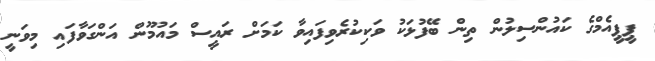
ޕީޕީއެމްގެ ކައުންސިލުން ތިން ބޭފުޅަކު ވަކިކުރެވިފައިވާ ކަަމަށް ރައީސް މައުމޫން އަންގަވާފައި މިވަނީ